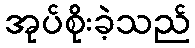
အုပ်စိုးခဲ့သည်